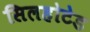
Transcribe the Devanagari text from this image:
सिलहोटेड